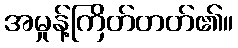
အမှုန့်ကြိတ်တတ်၏။